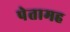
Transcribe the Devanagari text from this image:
पेतामह